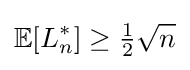
\mathbb {E} [L_{n}^{*}]\geq {\tfrac {1}{2}}{\sqrt {n}}